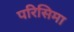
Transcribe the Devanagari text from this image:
परिसिमा